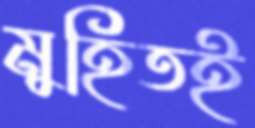
মুহিতই